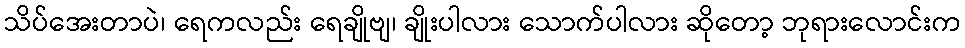
သိပ်အေးတာပဲ၊ ရေကလည်း ရေချိုဗျ၊ ချိုးပါလား သောက်ပါလား ဆိုတော့ ဘုရားလောင်းက